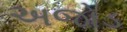
અજોડ